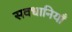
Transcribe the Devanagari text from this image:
सवधानियाँ